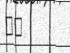
٣٣